Report on sanitation, dispensaries, and jails in Rajputana for 1912, and on vaccination for the year 1912-1913 - 1912-1913
Year: 1912
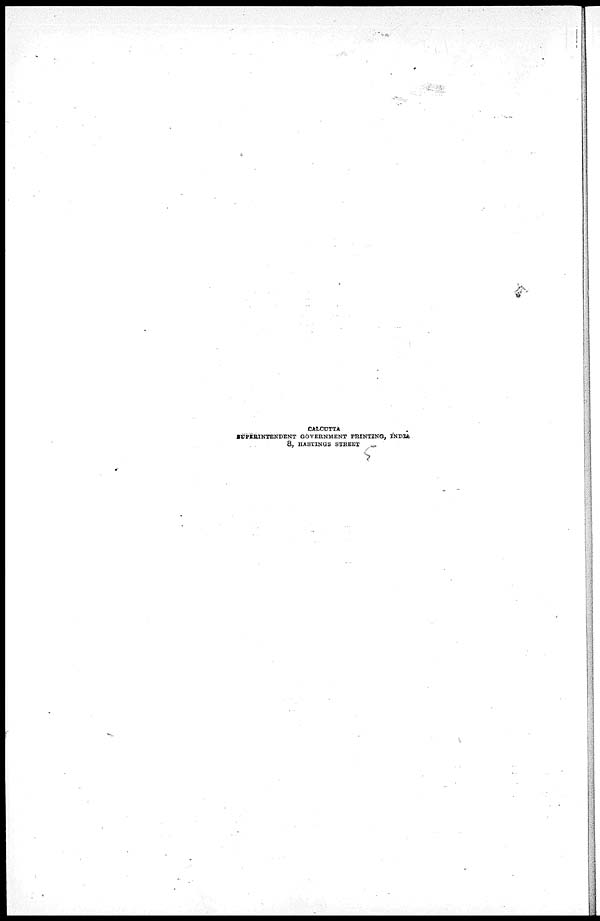
CALCUTTA
SUPERINTENDENT GOVERNMENT PRINTING, INDIA
8, HASTINGS STREET